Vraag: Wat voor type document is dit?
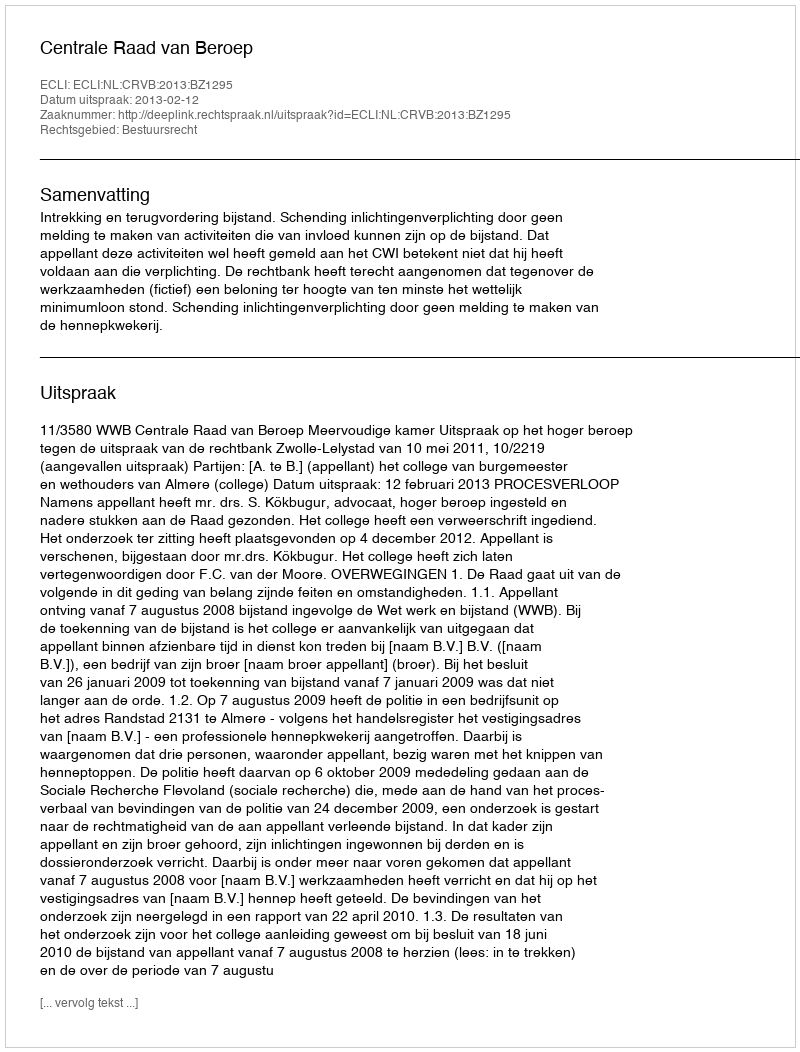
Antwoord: Uitspraak